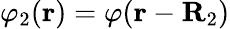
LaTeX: \varphi_{2}(\textbf{r})=\varphi(\textbf{r}-\textbf{R}_{2})